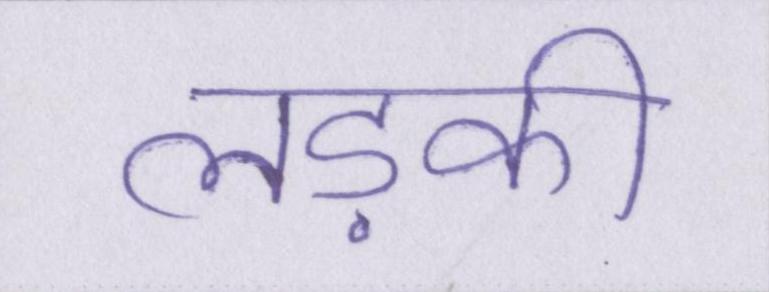
लड़की